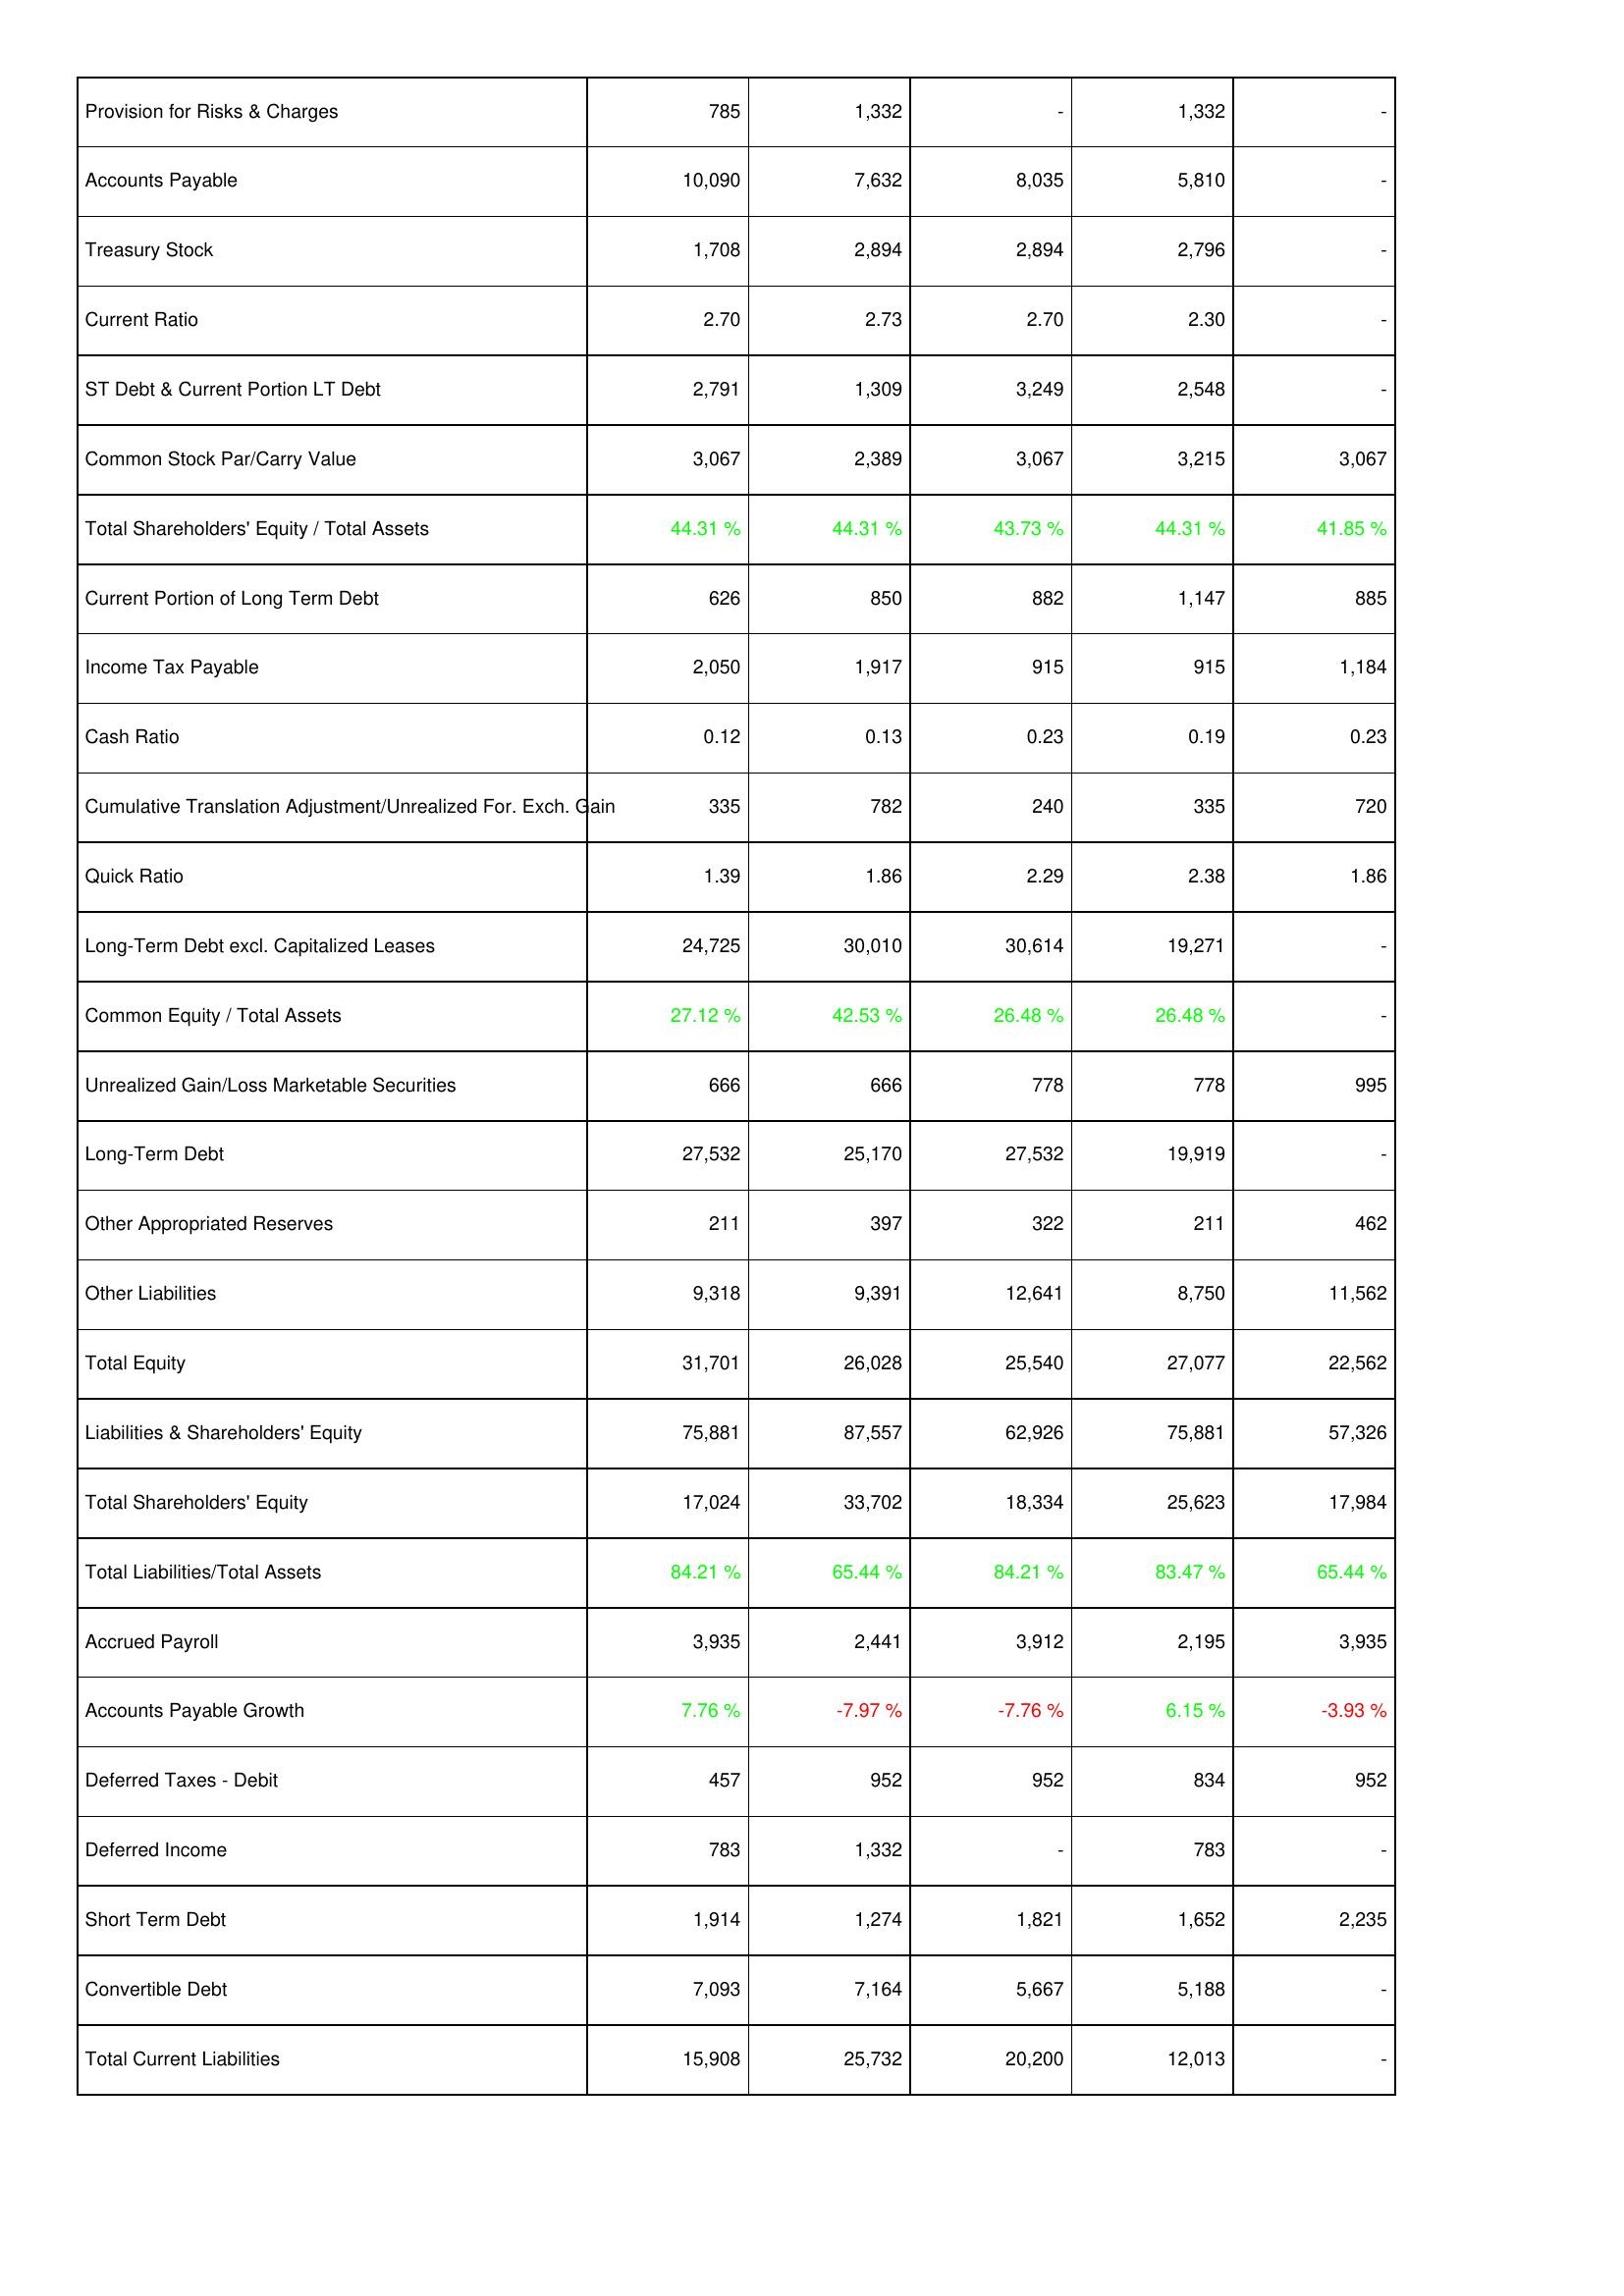
2023: Liabilities & Shareholders' Equity: Provision for Risks & Charges: 785
Accounts Payable: 10,090
Treasury Stock: 1,708
Current Ratio: 2.70
ST Debt & Current Portion LT Debt: 2,791
Common Stock Par/Carry Value: 3,067
Total Shareholders' Equity / Total Assets: 44.31 %
Current Portion of Long Term Debt: 626
Income Tax Payable: 2,050
Cash Ratio: 0.12
Cumulative Translation Adjustment/Unrealized For. Exch. Gain: 335
Quick Ratio: 1.39
Long-Term Debt excl. Capitalized Leases: 24,725
Common Equity / Total Assets: 27.12 %
Unrealized Gain/Loss Marketable Securities: 666
Long-Term Debt: 27,532
Other Appropriated Reserves: 211
Other Liabilities: 9,318
Total Equity: 31,701
Liabilities & Shareholders' Equity: 75,881
Total Shareholders' Equity: 17,024
Total Liabilities/Total Assets: 84.21 %
Accrued Payroll: 3,935
Accounts Payable Growth: 7.76 %
Deferred Taxes - Debit: 457
Deferred Income: 783
Short Term Debt: 1,914
Convertible Debt: 7,093
Total Current Liabilities: 15,908
2022: Liabilities & Shareholders' Equity: Provision for Risks & Charges: 1,332
Accounts Payable: 7,632
Treasury Stock: 2,894
Current Ratio: 2.73
ST Debt & Current Portion LT Debt: 1,309
Common Stock Par/Carry Value: 2,389
Total Shareholders' Equity / Total Assets: 44.31 %
Current Portion of Long Term Debt: 850
Income Tax Payable: 1,917
Cash Ratio: 0.13
Cumulative Translation Adjustment/Unrealized For. Exch. Gain: 782
Quick Ratio: 1.86
Long-Term Debt excl. Capitalized Leases: 30,010
Common Equity / Total Assets: 42.53 %
Unrealized Gain/Loss Marketable Securities: 666
Long-Term Debt: 25,170
Other Appropriated Reserves: 397
Other Liabilities: 9,391
Total Equity: 26,028
Liabilities & Shareholders' Equity: 87,557
Total Shareholders' Equity: 33,702
Total Liabilities/Total Assets: 65.44 %
Accrued Payroll: 2,441
Accounts Payable Growth: -7.97 %
Deferred Taxes - Debit: 952
Deferred Income: 1,332
Short Term Debt: 1,274
Convertible Debt: 7,164
Total Current Liabilities: 25,732
2021: Liabilities & Shareholders' Equity: Provision for Risks & Charges: -
Accounts Payable: 8,035
Treasury Stock: 2,894
Current Ratio: 2.70
ST Debt & Current Portion LT Debt: 3,249
Common Stock Par/Carry Value: 3,067
Total Shareholders' Equity / Total Assets: 43.73 %
Current Portion of Long Term Debt: 882
Income Tax Payable: 915
Cash Ratio: 0.23
Cumulative Translation Adjustment/Unrealized For. Exch. Gain: 240
Quick Ratio: 2.29
Long-Term Debt excl. Capitalized Leases: 30,614
Common Equity / Total Assets: 26.48 %
Unrealized Gain/Loss Marketable Securities: 778
Long-Term Debt: 27,532
Other Appropriated Reserves: 322
Other Liabilities: 12,641
Total Equity: 25,540
Liabilities & Shareholders' Equity: 62,926
Total Shareholders' Equity: 18,334
Total Liabilities/Total Assets: 84.21 %
Accrued Payroll: 3,912
Accounts Payable Growth: -7.76 %
Deferred Taxes - Debit: 952
Deferred Income: -
Short Term Debt: 1,821
Convertible Debt: 5,667
Total Current Liabilities: 20,200
2020: Liabilities & Shareholders' Equity: Provision for Risks & Charges: 1,332
Accounts Payable: 5,810
Treasury Stock: 2,796
Current Ratio: 2.30
ST Debt & Current Portion LT Debt: 2,548
Common Stock Par/Carry Value: 3,215
Total Shareholders' Equity / Total Assets: 44.31 %
Current Portion of Long Term Debt: 1,147
Income Tax Payable: 915
Cash Ratio: 0.19
Cumulative Translation Adjustment/Unrealized For. Exch. Gain: 335
Quick Ratio: 2.38
Long-Term Debt excl. Capitalized Leases: 19,271
Common Equity / Total Assets: 26.48 %
Unrealized Gain/Loss Marketable Securities: 778
Long-Term Debt: 19,919
Other Appropriated Reserves: 211
Other Liabilities: 8,750
Total Equity: 27,077
Liabilities & Shareholders' Equity: 75,881
Total Shareholders' Equity: 25,623
Total Liabilities/Total Assets: 83.47 %
Accrued Payroll: 2,195
Accounts Payable Growth: 6.15 %
Deferred Taxes - Debit: 834
Deferred Income: 783
Short Term Debt: 1,652
Convertible Debt: 5,188
Total Current Liabilities: 12,013
2019: Liabilities & Shareholders' Equity: Provision for Risks & Charges: -
Accounts Payable: -
Treasury Stock: -
Current Ratio: -
ST Debt & Current Portion LT Debt: -
Common Stock Par/Carry Value: 3,067
Total Shareholders' Equity / Total Assets: 41.85 %
Current Portion of Long Term Debt: 885
Income Tax Payable: 1,184
Cash Ratio: 0.23
Cumulative Translation Adjustment/Unrealized For. Exch. Gain: 720
Quick Ratio: 1.86
Long-Term Debt excl. Capitalized Leases: -
Common Equity / Total Assets: -
Unrealized Gain/Loss Marketable Securities: 995
Long-Term Debt: -
Other Appropriated Reserves: 462
Other Liabilities: 11,562
Total Equity: 22,562
Liabilities & Shareholders' Equity: 57,326
Total Shareholders' Equity: 17,984
Total Liabilities/Total Assets: 65.44 %
Accrued Payroll: 3,935
Accounts Payable Growth: -3.93 %
Deferred Taxes - Debit: 952
Deferred Income: -
Short Term Debt: 2,235
Convertible Debt: -
Total Current Liabilities: -